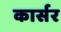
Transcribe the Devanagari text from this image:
कार्सर